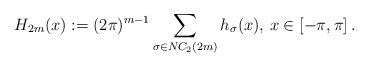
LaTeX: \begin{align*} H_{2m}(x):=(2\pi)^{m-1}\sum_{\sigma\in NC_2(2m)}h_\sigma(x),\,x\in[-\pi,\pi]\,.\end{align*}